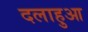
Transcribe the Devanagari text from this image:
दलाहुआ